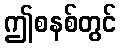
ဤစနစ်တွင်